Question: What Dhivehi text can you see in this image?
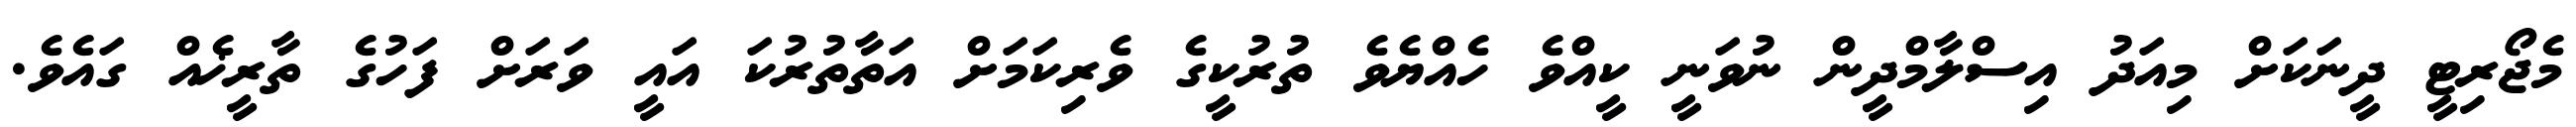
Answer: މެޖޯރިޓީ ދީނަކަށް މިއަދު އިސްލާމްދީން ނުވަނީ ކީއްވެ ހެއްޔެވެ ތުރުކީގެ ވެރިކަމަށް އަތާތުރުކަ އައީ ވަރަށް ފަހުގެ ތާރީޚެއް ގައެވެ.